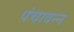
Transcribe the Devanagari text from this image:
पंचावन्‍न